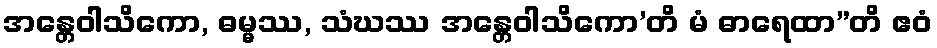
အန္တေဝါသိကော, ဓမ္မဿ, သံဃဿ အန္တေဝါသိကော’တိ မံ ဓာရေထာ”တိ ဧဝံ